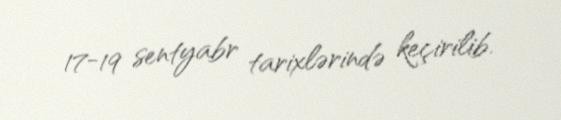
17-19 sentyabr tarixlərində keçirilib.